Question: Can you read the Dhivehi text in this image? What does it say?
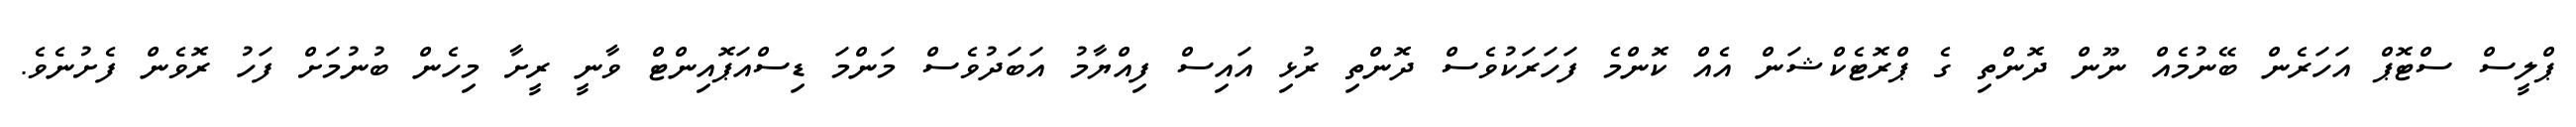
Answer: ޕްލީސް ސްޓޮޕް އަހަރެން ބޭނުމެއް ނޫން ދޮންތި ގެ ޕްރޮޓެކްޝަން އެއް ކޮންމެ ފަހަރަކުވެސް ދޮންތި ރުޅި އައިސް ފިއްޔާމު އަބަދުވެސް މަންމަ ޑިސްއަޕޮއިންޓް ވާނީ ރީށާ މިހެން ބުނުމަށް ފަހު ރޮވެން ފެށުނެވެ.